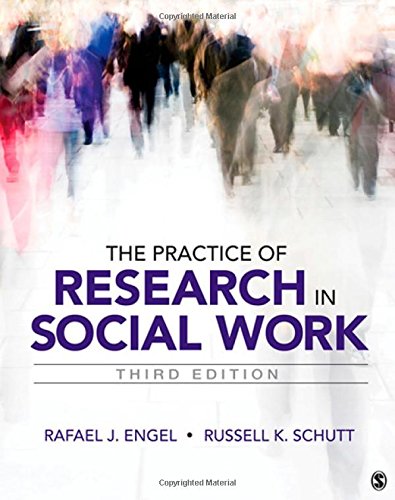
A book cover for The Practice of Research in Social Work; Rafael J. Engel; Politics & Social Sciences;